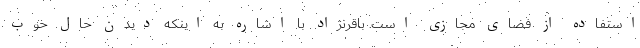
استفاده از فضای مجازی است. باقرنژاد با اشاره به اینکه دیدن حال خوب